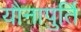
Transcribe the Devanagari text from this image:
यौनापुर्ति